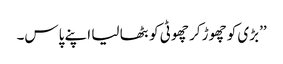
’’بڑی کو چھوڑ کر چھوٹی کو بٹھا لیا اپنے پاس۔